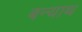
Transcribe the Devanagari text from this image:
बन्याथ